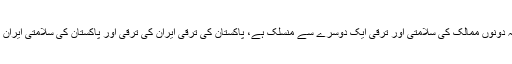
ان کا کہنا تھا کہ دونوں ممالک کی سلامتی اور ترقی ایک دوسرے سے منسلک ہے، پاکستان کی ترقی ایران کی ترقی اور پاکستان کی سلامتی ایران کی سلامتی ہے۔